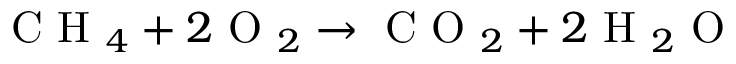
\ensuremath { \mathrm { ~ C ~ H ~ } _ { 4 } } + 2 \ensuremath { \mathrm { ~ O ~ } _ { 2 } } \rightarrow \ensuremath { \mathrm { ~ C ~ O ~ } _ { 2 } } + 2 \ensuremath { \mathrm { ~ H ~ } _ { 2 } \mathrm { ~ O ~ } }